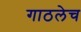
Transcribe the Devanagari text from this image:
गाठलेच